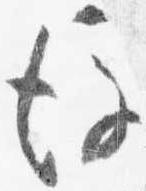
後